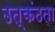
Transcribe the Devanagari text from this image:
उत्कंठता